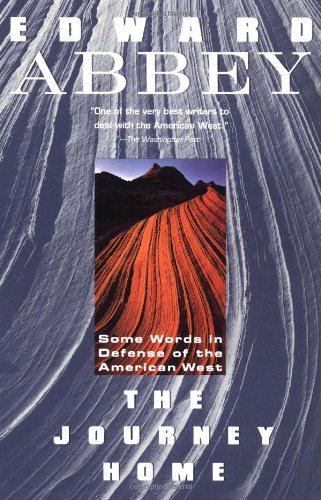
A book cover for The Journey Home (Plume); Edward Abbey; Science & Math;